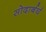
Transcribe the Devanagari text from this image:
सोदार्बर्घ